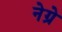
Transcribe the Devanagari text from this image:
नेग्रे